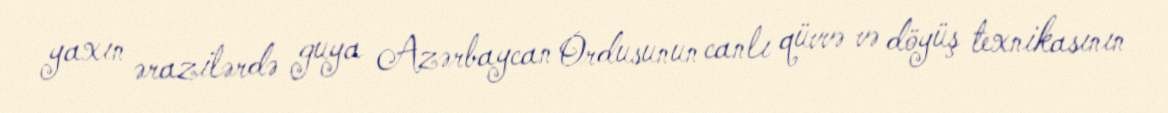
yaxın ərazilərdə guya Azərbaycan Ordusunun canlı qüvvə və döyüş texnikasının